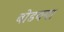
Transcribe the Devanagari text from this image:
बोडक्या